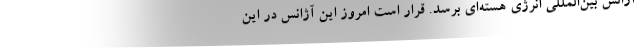
آژانس بین‌المللی انرژی هسته‌ای برسد. قرار است امروز این آژانس در این